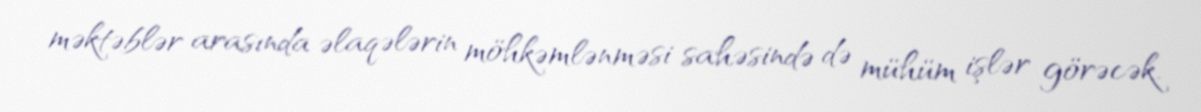
məktəblər arasında əlaqələrin möhkəmlənməsi sahəsində də mühüm işlər görəcək.